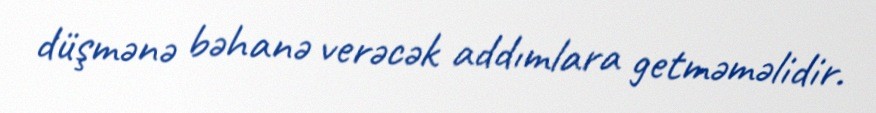
düşmənə bəhanə verəcək addımlara getməməlidir.